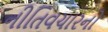
નીતિવચારનો